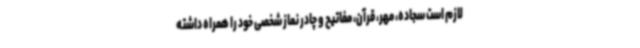
لازم است سجاده، مهر، قرآن، مفاتیح و چادر نماز شخصی خود را همراه داشته